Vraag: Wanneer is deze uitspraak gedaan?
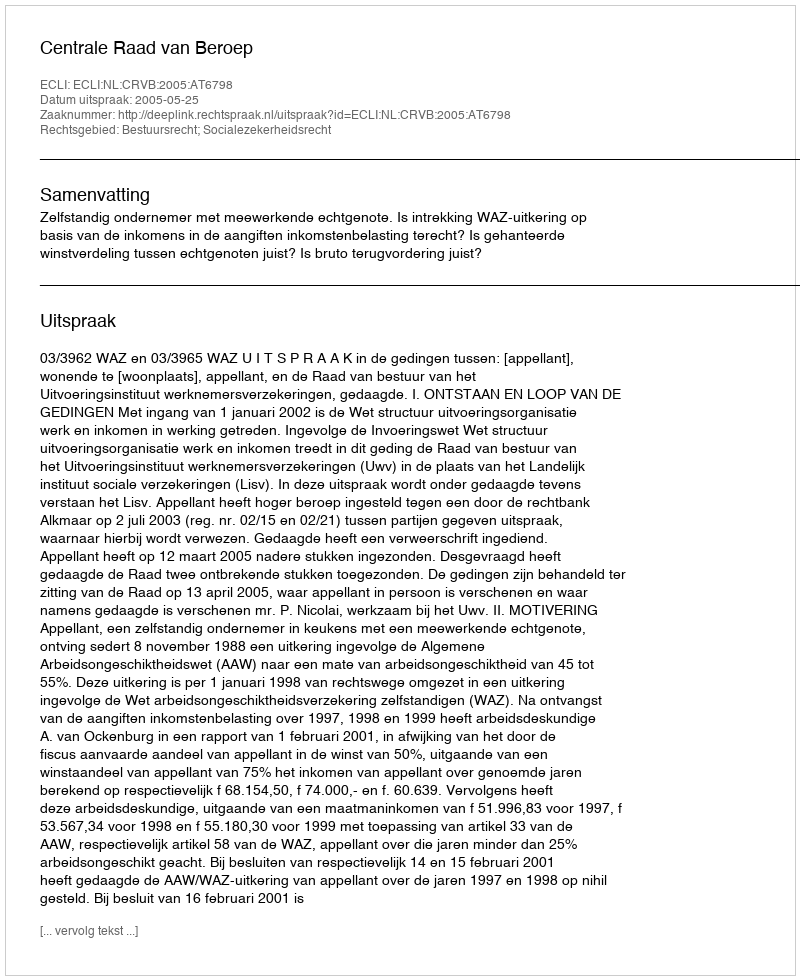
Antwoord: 2005-05-25